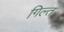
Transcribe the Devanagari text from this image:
गिल्त